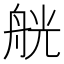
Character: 𦨻